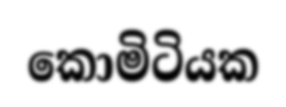
කොමිටියක